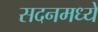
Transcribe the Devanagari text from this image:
सदनमध्ये